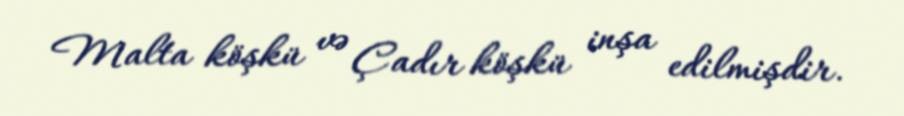
Malta köşkü və Çadır köşkü inşa edilmişdir.